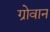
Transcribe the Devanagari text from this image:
ग्रोवान